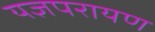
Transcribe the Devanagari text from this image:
यज्ञपरायण